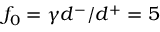
f _ { 0 } = \gamma d ^ { - } / d ^ { + } = 5